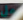
على